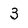
Character: 3